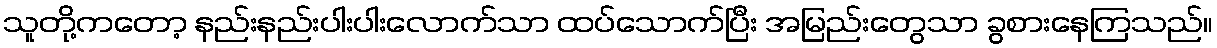
သူတို့ကတော့ နည်းနည်းပါးပါးလောက်သာ ထပ်သောက်ပြီး အမြည်းတွေသာ ခွစားနေကြသည်။